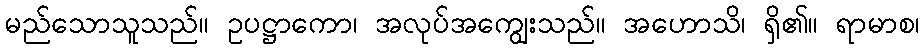
မည်သောသူသည်။ ဥပဋ္ဌာကော၊ အလုပ်အကျွေးသည်။ အဟောသိ၊ ရှိ၏။ ရာမာစ၊